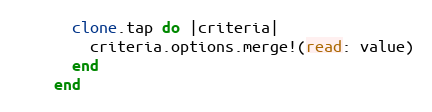
Language: Ruby
      clone.tap do |criteria|
        criteria.options.merge!(read: value)
      end
    end